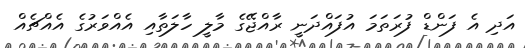
އަދި އެ ފަންޑް ފުރަތަމަ އުފައްދަނީ ރާއްޖޭގެ މާލީ ހާލަތާއި އެއްވަރުގެ އެއްޗެއް